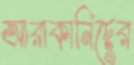
আরাকানিদের